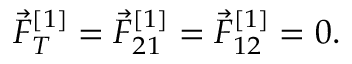
\vec { F } _ { T } ^ { [ 1 ] } = \vec { F } _ { 2 1 } ^ { [ 1 ] } = \vec { F } _ { 1 2 } ^ { [ 1 ] } = 0 .